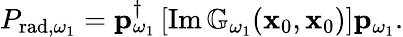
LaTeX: \begin{array}{r}{P_{\textrm{rad},\omega_{1}}=\mathbf{p}_{\omega_{1}}^{\dagger}\left[\operatorname{Im}\mathbb{G}_{\omega_{1}}(\mathbf{x}_{0},\mathbf{x}_{0})\right]\mathbf{p}_{\omega_{1}}.}\end{array}